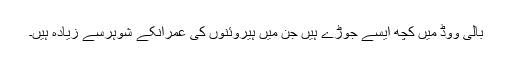
بالی ووڈ میں کچھ ایسے جوڑے ہیں جن میں ہیروئنوں کی عمرانکے شوہرسے زیادہ ہیں۔